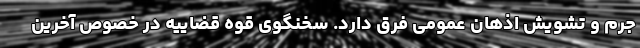
جرم و تشویش اذهان عمومی فرق دارد. سخنگوی قوه قضاییه در خصوص آخرین